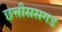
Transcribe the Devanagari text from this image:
छत्तीससगड